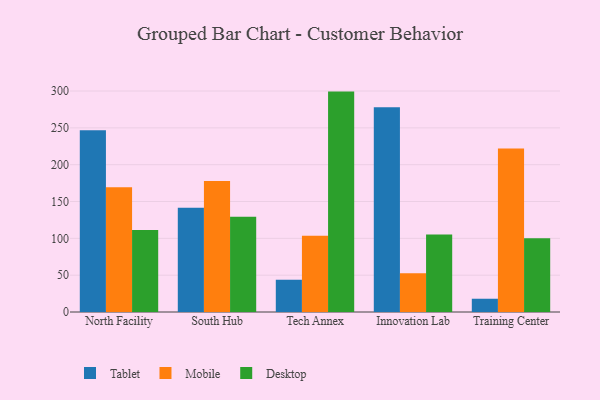
{"axis": {"x": "Campus", "y": "Headcount"}, "legend": ["Desktop", "Mobile", "Tablet"], "data": [{"x": "North Facility", "y": 246.9, "type": "Tablet"}, {"x": "North Facility", "y": 169.4, "type": "Mobile"}, {"x": "North Facility", "y": 111.4, "type": "Desktop"}, {"x": "South Hub", "y": 141.4, "type": "Tablet"}, {"x": "South Hub", "y": 177.8, "type": "Mobile"}, {"x": "South Hub", "y": 129.2, "type": "Desktop"}, {"x": "Tech Annex", "y": 43.8, "type": "Tablet"}, {"x": "Tech Annex", "y": 103.6, "type": "Mobile"}, {"x": "Tech Annex", "y": 299.2, "type": "Desktop"}, {"x": "Innovation Lab", "y": 278.0, "type": "Tablet"}, {"x": "Innovation Lab", "y": 52.6, "type": "Mobile"}, {"x": "Innovation Lab", "y": 105.2, "type": "Desktop"}, {"x": "Training Center", "y": 18.0, "type": "Tablet"}, {"x": "Training Center", "y": 222.1, "type": "Mobile"}, {"x": "Training Center", "y": 100.1, "type": "Desktop"}]}